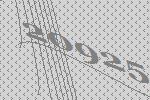
20925